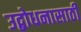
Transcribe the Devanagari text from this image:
उद्बोधनासाठी